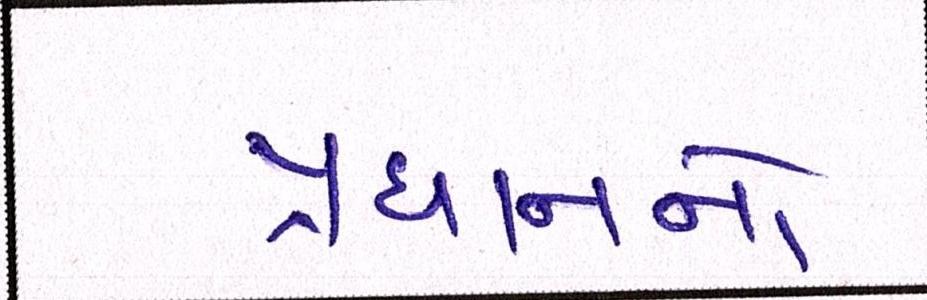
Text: પ્રધાનનો